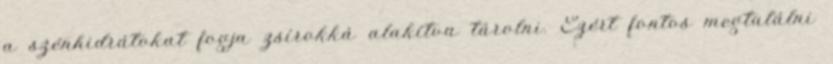
a szénhidrátokat fogja zsírokká alakítva tárolni. Ezért fontos megtalálni